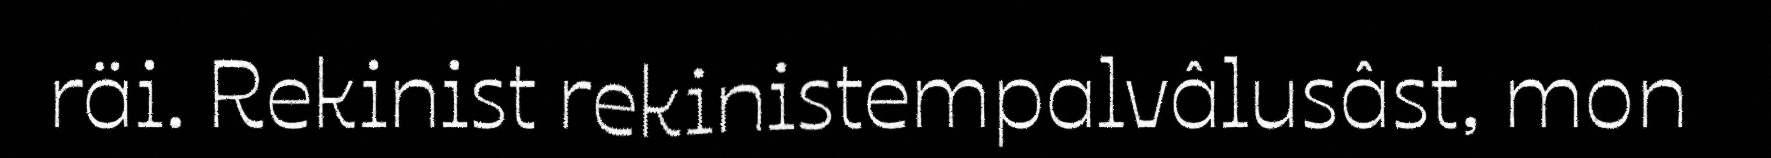
räi. Rekinist rekinistempalvâlusâst, mon